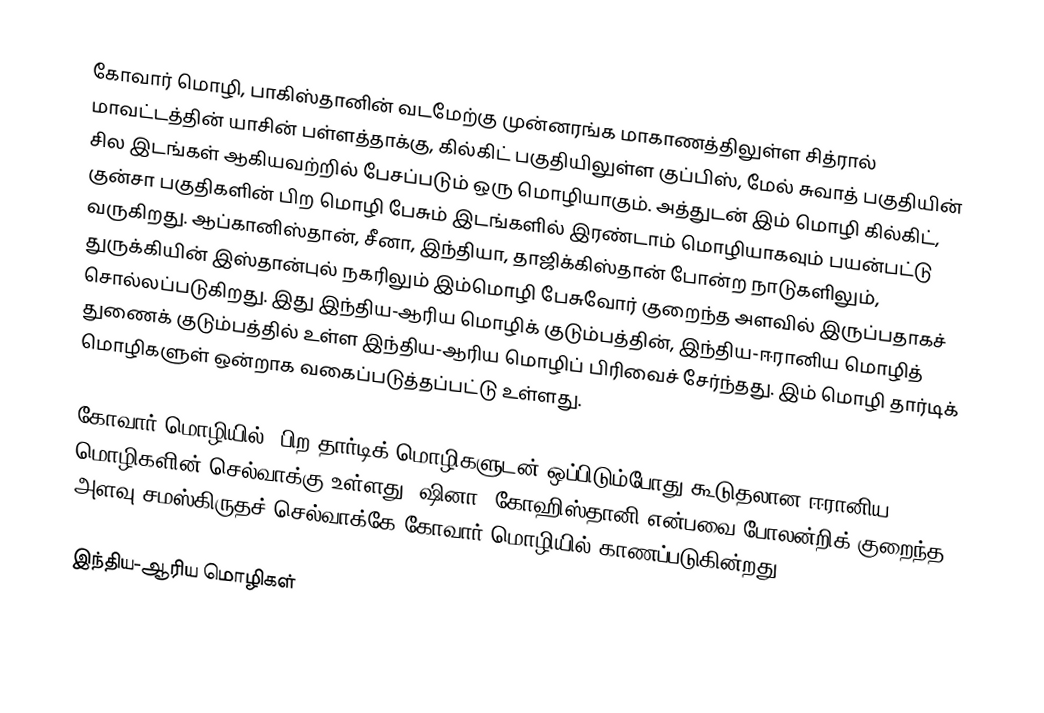
கோவார் மொழி,  பாகிஸ்தானின் வடமேற்கு முன்னரங்க மாகாணத்திலுள்ள சித்ரால் மாவட்டத்தின் யாசின் பள்ளத்தாக்கு, கில்கிட் பகுதியிலுள்ள குப்பிஸ், மேல் சுவாத் பகுதியின் சில இடங்கள் ஆகியவற்றில் பேசப்படும் ஒரு மொழியாகும். அத்துடன் இம் மொழி கில்கிட், குன்சா பகுதிகளின் பிற மொழி பேசும் இடங்களில் இரண்டாம் மொழியாகவும் பயன்பட்டு வருகிறது. ஆப்கானிஸ்தான், சீனா, இந்தியா, தாஜிக்கிஸ்தான் போன்ற நாடுகளிலும், துருக்கியின் இஸ்தான்புல் நகரிலும் இம்மொழி பேசுவோர் குறைந்த அளவில் இருப்பதாகச் சொல்லப்படுகிறது. இது இந்திய-ஆரிய மொழிக் குடும்பத்தின், இந்திய-ஈரானிய மொழித் துணைக் குடும்பத்தில் உள்ள இந்திய-ஆரிய மொழிப் பிரிவைச் சேர்ந்தது. இம் மொழி தார்டிக் மொழிகளுள் ஒன்றாக வகைப்படுத்தப்பட்டு உள்ளது.

கோவார் மொழியில், பிற தார்டிக் மொழிகளுடன் ஒப்பிடும்போது கூடுதலான ஈரானிய மொழிகளின் செல்வாக்கு உள்ளது. ஷினா, கோஹிஸ்தானி என்பவை போலன்றிக் குறைந்த அளவு சமஸ்கிருதச் செல்வாக்கே கோவார் மொழியில் காணப்படுகின்றது.

இந்திய-ஆரிய மொழிகள்